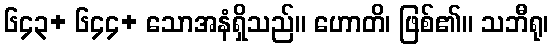
၆၄၃+ ၆၄၄+ သောအနံရှိသည်။ ဟောတိ၊ ဖြစ်၏။ သဘီရု၊